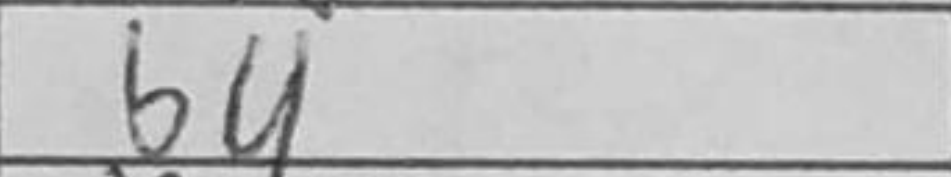
Transcription: b4